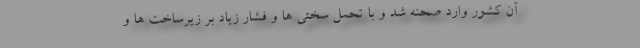
آن کشور وارد صحنه شد و با تحمل سختی ها و فشار زیاد بر زیرساخت ها و